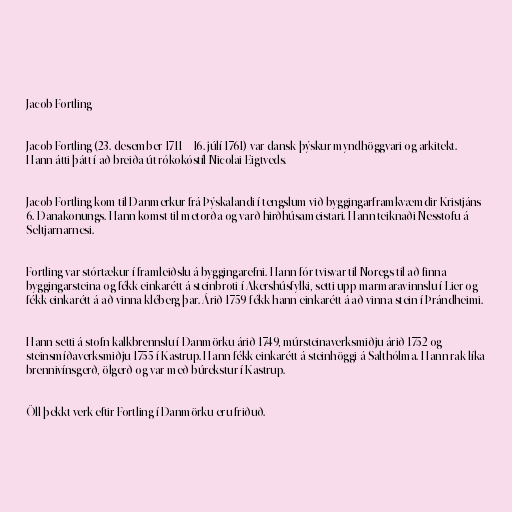
Jacob Fortling

Jacob Fortling (23. desember 1711 – 16. júlí 1761) var dansk-þýskur myndhöggvari og arkitekt.
Hann átti þátt í að breiða út rókokóstíl Nicolai Eigtveds.

Jacob Fortling kom til Danmerkur frá Þýskalandi í tengslum við byggingarframkvæmdir Kristjáns
6. Danakonungs. Hann komst til metorða og varð hirðhúsameistari. Hann teiknaði Nesstofu á
Seltjarnarnesi.

Fortling var stórtækur í framleiðslu á byggingarefni. Hann fór tvisvar til Noregs til að finna
byggingarsteina og fékk einkarétt á steinbroti í Akershúsfylki, setti upp marmaravinnslu í Lier og
fékk einkarétt á að vinna kléberg þar. Árið 1759 fékk hann einkarétt á að vinna stein í Þrándheimi.

Hann setti á stofn kalkbrennslu í Danmörku árið 1749, múrsteinaverksmiðju árið 1752 og
steinsmíðaverksmiðju 1755 í Kastrup. Hann fékk einkarétt á steinhöggi á Salthólma. Hann rak líka
brennivínsgerð, ölgerð og var með búrekstur í Kastrup.

Öll þekkt verk eftir Fortling í Danmörku eru friðuð.